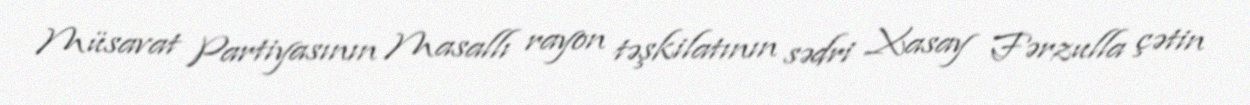
Müsavat Partiyasının Masallı rayon təşkilatının sədri Xasay Fərzulla çətin